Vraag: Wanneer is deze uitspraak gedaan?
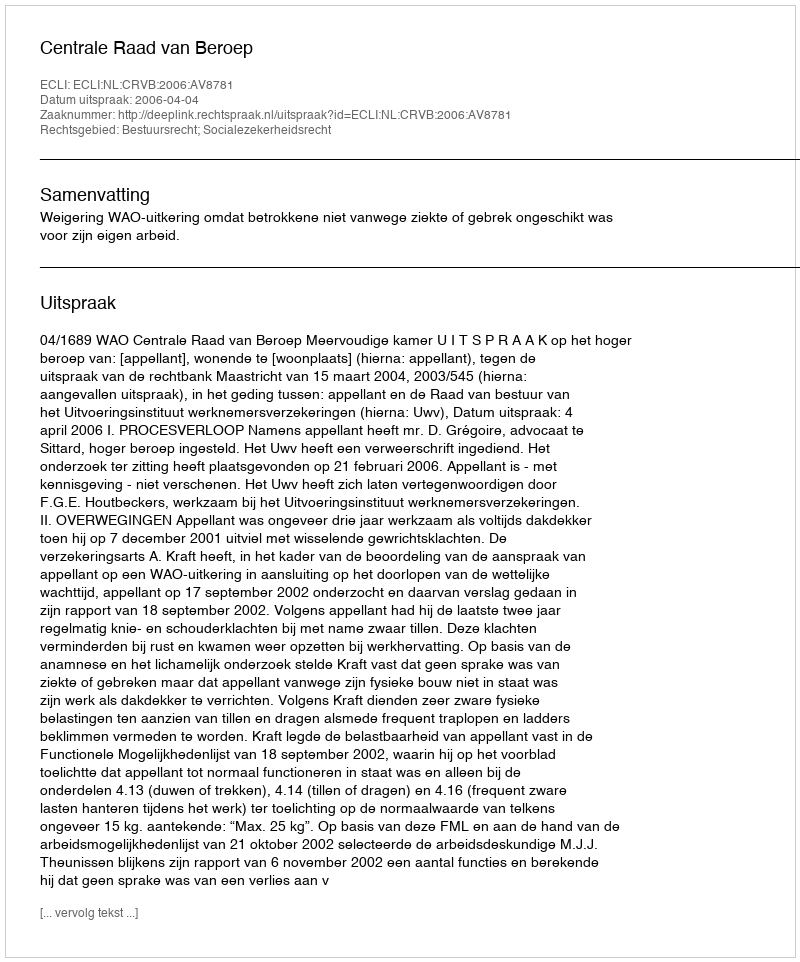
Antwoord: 2006-04-04